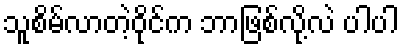
သူစိမ်လာတဲ့ဝိုင်က ဘာဖြစ်လို့လဲ ပါပါ